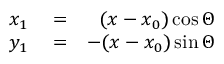
\begin{array} { r l r } { x _ { 1 } } & { { } = } & { ( x - x _ { 0 } ) \cos \Theta } \\ { y _ { 1 } } & { { } = } & { - ( x - x _ { 0 } ) \sin \Theta } \end{array}